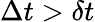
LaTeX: \Delta t>\delta t